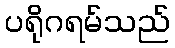
ပရိုဂရမ်သည်